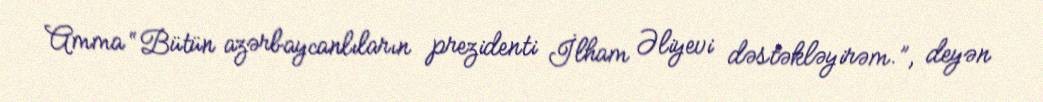
Amma “Bütün azərbaycanlıların prezidenti İlham Əliyevi dəstəkləyirəm.”, deyən